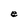
Character: e